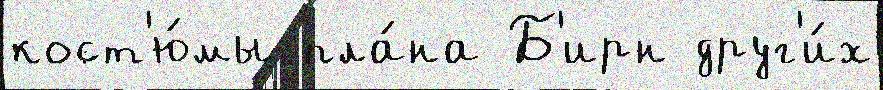
кост'ю́мы пла́на Б'ирн друг'и́х